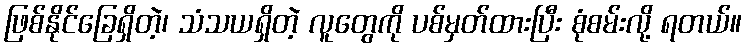
ဖြစ်နိုင်ခြေရှိတဲ့၊ သံသယရှိတဲ့ လူတွေကို ပစ်မှတ်ထားပြီး စုံစမ်းလို့ ရတယ်။